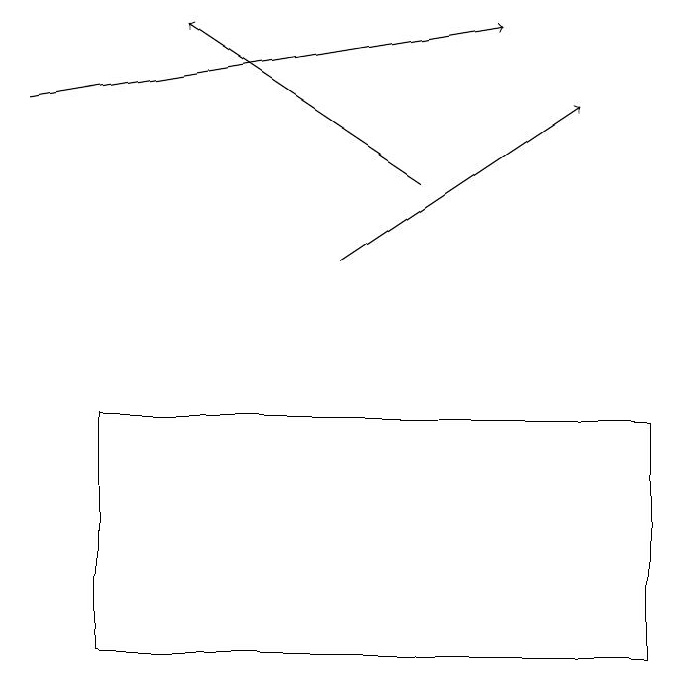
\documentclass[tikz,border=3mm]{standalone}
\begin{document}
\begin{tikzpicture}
\draw[->] (1,18) -- (7,19);
\draw[->] (5,16) -- (8,18);
\draw[->] (6,17) -- (3,19);
\draw (2,11) rectangle (9,14);
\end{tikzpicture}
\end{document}